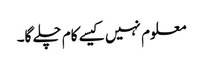
معلوم نہیں کیسے کام چلے گا۔